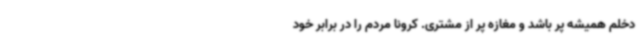
دخلم همیشه پر باشد و مغازه پر از مشتری. کرونا مردم را در برابر خود